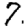
Digit: 7